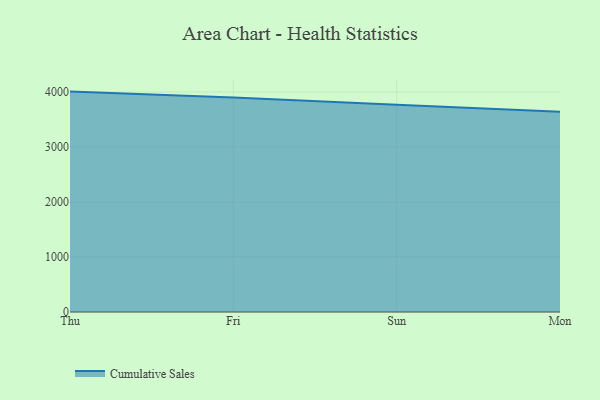
{"axis": {"x": "Day", "y": "Backlog"}, "legend": ["Cumulative Sales"], "data": [{"x": "Thu", "y": 4007.2, "type": "Cumulative Sales"}, {"x": "Fri", "y": 3898.9, "type": "Cumulative Sales"}, {"x": "Sun", "y": 3769.2, "type": "Cumulative Sales"}, {"x": "Mon", "y": 3642.7, "type": "Cumulative Sales"}]}